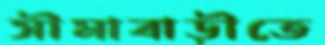
সীমাবাড়ীতে